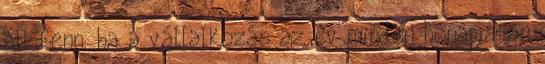
áll fenn, ha a vállalkozás az év minden hónapjában